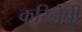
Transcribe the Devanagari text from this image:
करिनेची